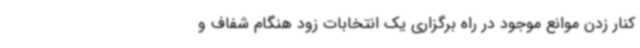
کنار زدن موانع موجود در راه برگزاری یک انتخابات زود هنگام شفاف و